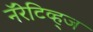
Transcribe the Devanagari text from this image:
नॅरेटिव्ह्‌ज